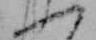
ふ